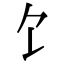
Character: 饣